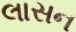
લાસન